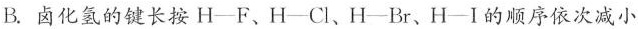
B.卤化氢的键长按H-F、H-Cl、H-Br、H-Ⅰ的顺序依次减小